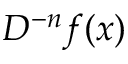
D ^ { - n } f ( x )